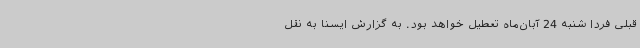
قبلی فردا شنبه 24 آبان‌ماه تعطیل خواهد بود. به گزارش ایسنا به نقل